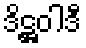
ဒိဋ္ဌဝါဒီ